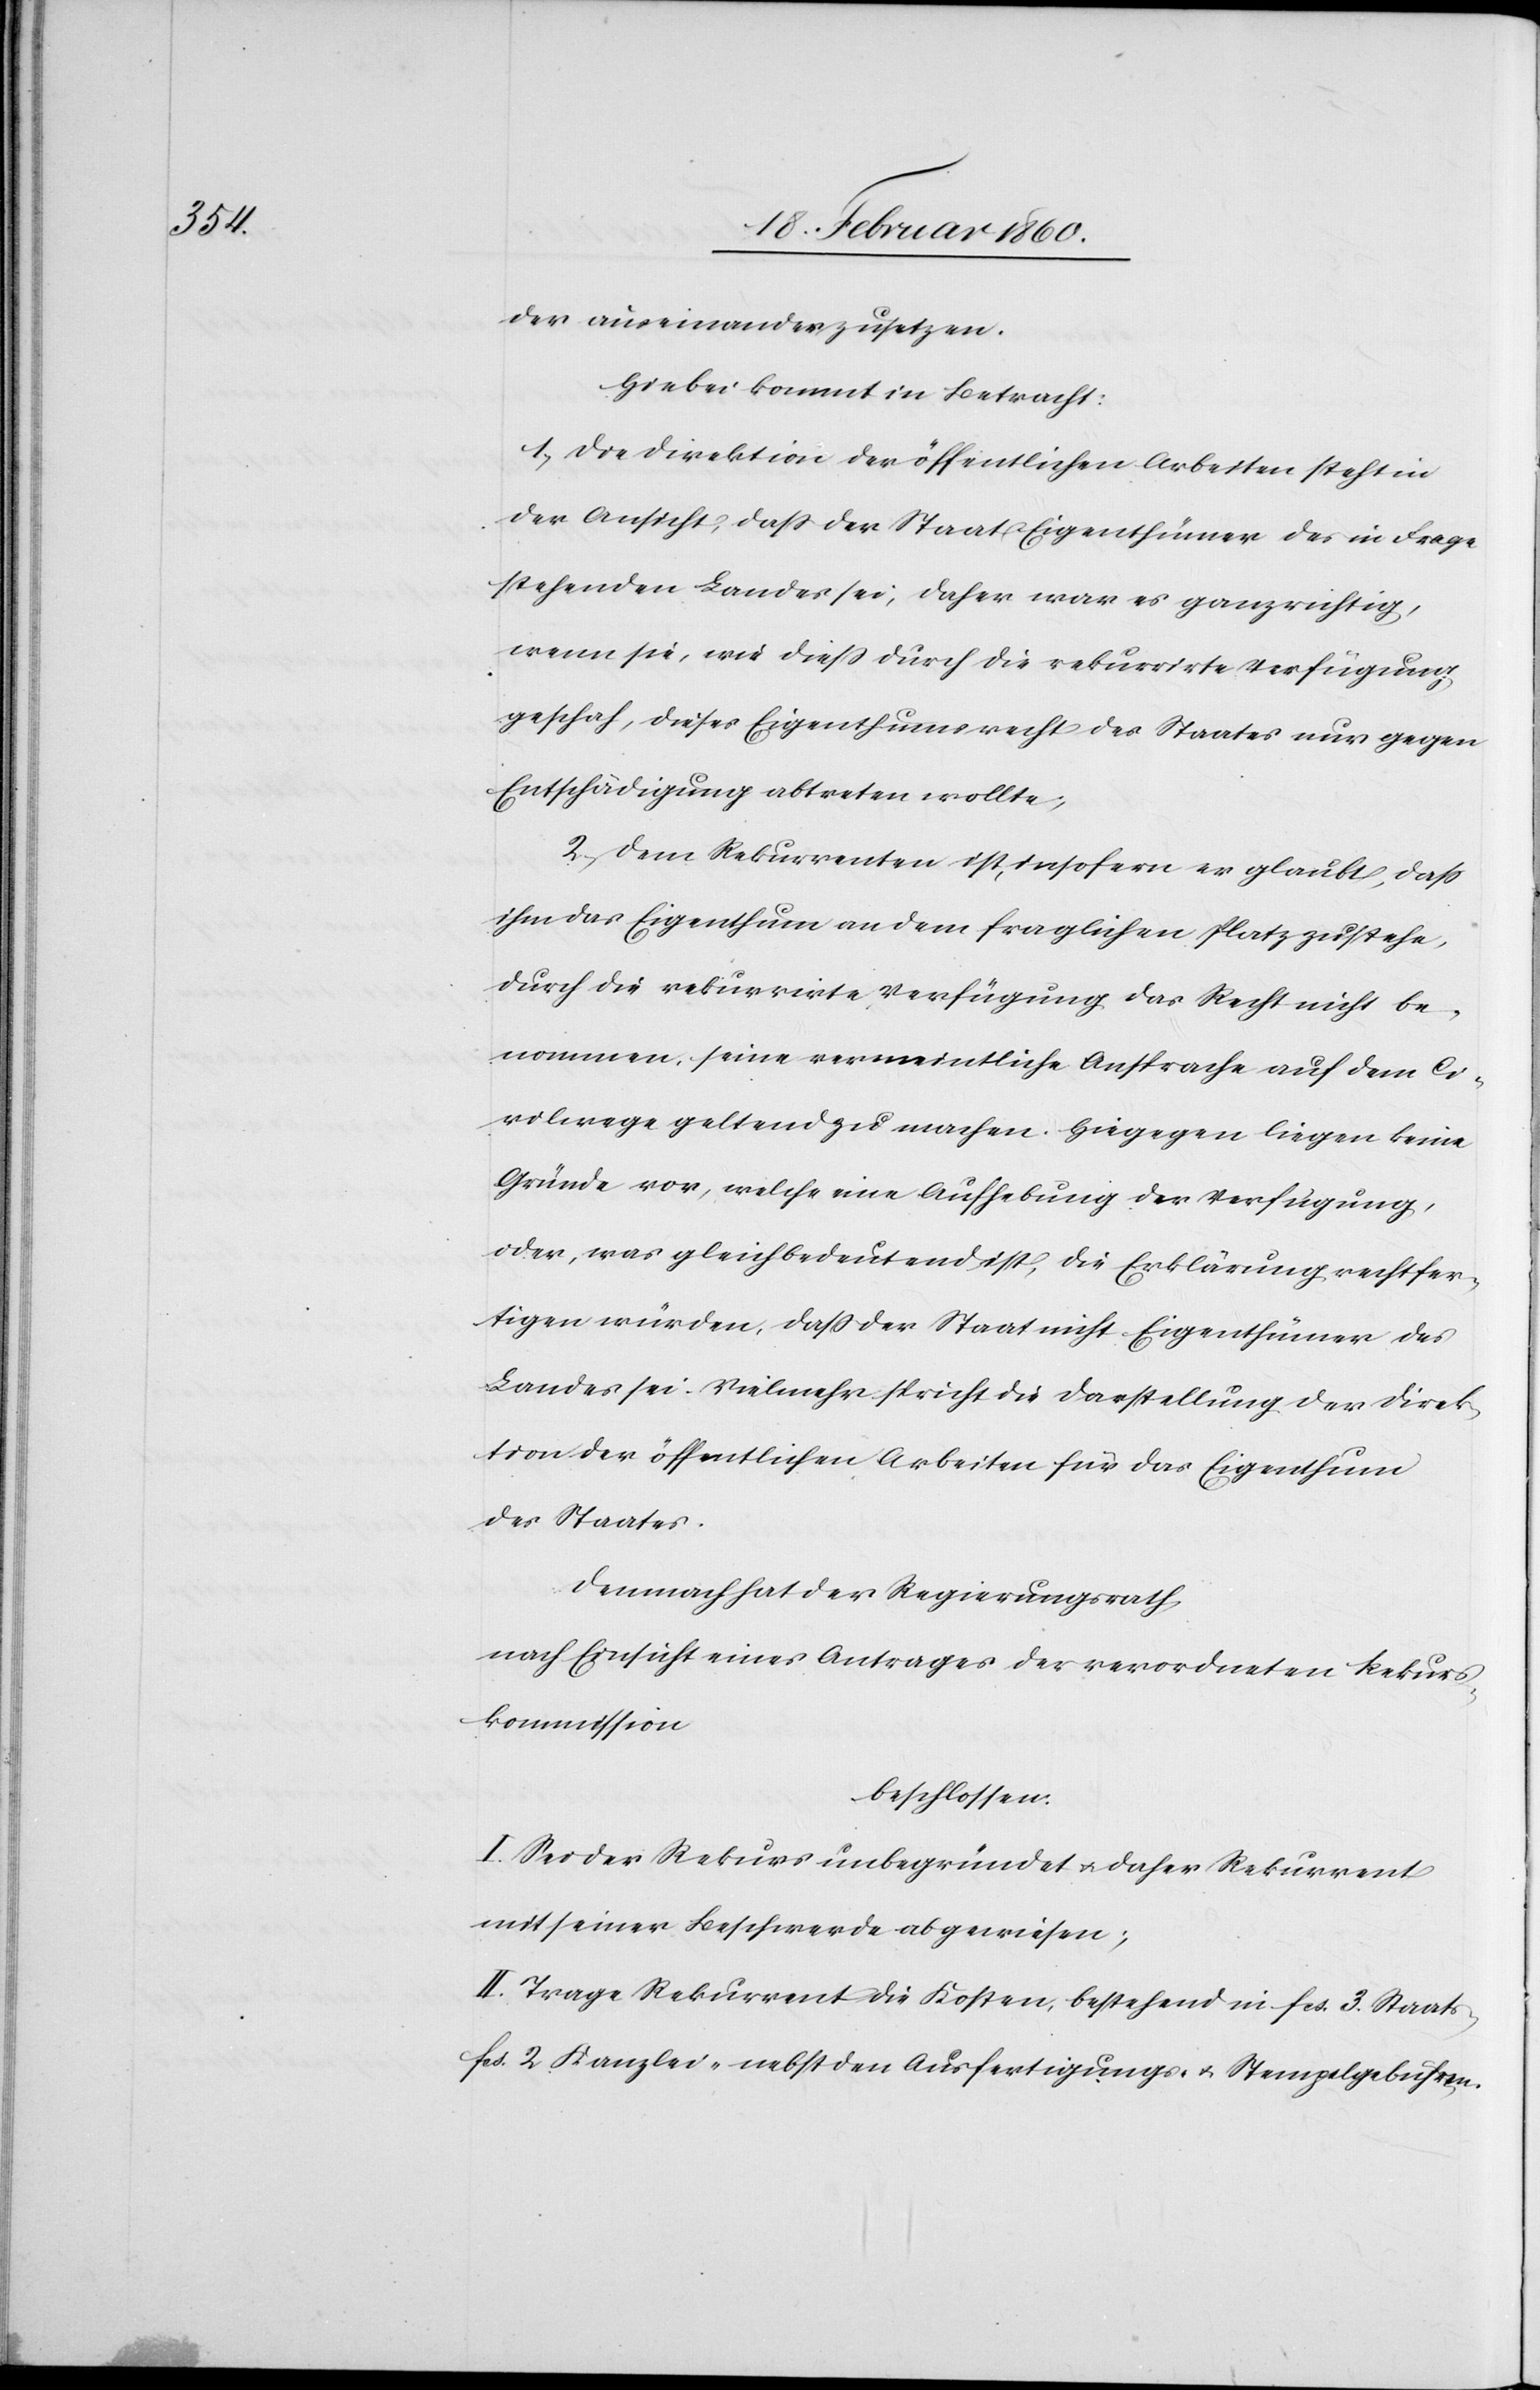
der auseinander zu setzen.
Hiebei kommt in Betracht:
1. Die Direktion der öffentlichen Arbeiten steht in
der Ansicht, dass der Staat Eigenthümer des in Frage
stehenden Landes sei, daher war es ganz richtig,
wenn sie, wie diess durch die rekurrirte Verfügung
geschah, dieses Eigenthumsrecht des Staates nur gegen
Entschädigung abtreten wollte;
2. Dem Rekurrenten ist, insofern er glaubt, dass
ihm das Eigenthum an dem fraglichen Platz zustehe,
durch die rekurrirte Verfügung das Recht nicht be¬
nommen, seine vermeintliche Ansprache auf dem Ci¬
vilwege geltend zu machen. Hiegegen liegen keine
Gründe vor, welche eine Aufhebung der Verfügung,
oder, was gleichbedeutend ist, die Erklärung rechtfer¬
tigen würde, dass der Staat nicht Eigenthümer des
Landes sei. Vielmehr spricht die Darstellung der Direk¬
tion der öffentlichen Arbeiten für das Eigenthum
des Staates.
Demnach hat der Regierungsrath,
nach Einsicht eines Antrages der verordneten Rekurs¬
kommission
beschlossen:
I. Sei der Rekurs unbegründet u. daher Rekurrent
mit seiner Beschwerde abgewiesen;
II. Trage Rekurrent die Kosten, bestehend in fcs. 3. Staats-
fcs.2. Kanzlei- nebst den Ausfertigungs- u. Stempelgebühren.